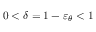
0 < \delta = 1 - \varepsilon _ { \theta } < 1